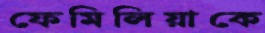
ফেমিলিয়াকে